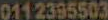
0112395503